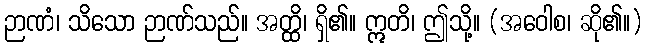
ဉာဏံ၊ သိသော ဉာဏ်သည်။ အတ္ထိ၊ ရှိ၏။ ဣတိ၊ ဤသို့။ (အဝေါစ၊ ဆို၏။)